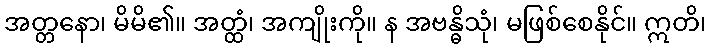
အတ္တနော၊ မိမိ၏။ အတ္ထံ၊ အကျိုးကို။ န အဗန္ဓိသုံ၊ မဖြစ်စေနိုင်။ ဣတိ၊